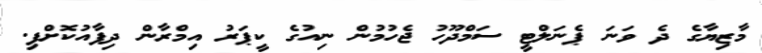
މާޒިޔާގެ ދެ ވަނަ ޕެނަލްޓީ ސަމްދޫހު ޖެހުމުން ނިއުގެ ކީޕަރު އިމްރާން ދިފާއުކޮށްފި.